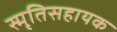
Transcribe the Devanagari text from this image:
स्मृतिसहायक